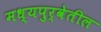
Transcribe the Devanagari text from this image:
मध्यपुर्वेतील